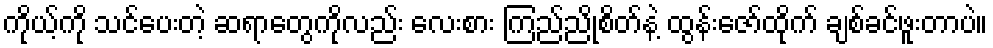
ကိုယ့်ကို သင်ပေးတဲ့ ဆရာတွေကိုလည်း လေးစား ကြည်ညိုစိတ်နဲ့ ထွန်းဇော်ထိုက် ချစ်ခင်ဖူးတာပဲ။